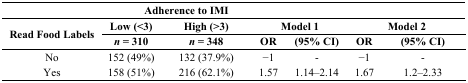
<table><thead><tr><td></td><td colspan="2"><b>Adherence to IMI</b></td><td colspan="2"></td><td colspan="2"></td></tr><tr><td rowspan="2"><b>Read Food Labels</b></td><td><b>Low (&lt;3) </b></td><td><b>High (&gt;3)</b></td><td colspan="2"><b>Model 1</b></td><td colspan="2"><b>Model 2</b></td></tr><tr><td><b><i>n</i> = 310</b></td><td><b><i>n</i> = 348</b></td><td><b>OR</b></td><td><b>(95% CI)</b></td><td><b>OR</b></td><td><b>(95% CI)</b></td></tr></thead><tbody><tr><td>No</td><td>152 (49%)</td><td>132 (37.9%)</td><td>−1</td><td>-</td><td>−1</td><td>-</td></tr><tr><td>Yes</td><td>158 (51%)</td><td>216 (62.1%)</td><td>1.57</td><td>1.14–2.14</td><td>1.67</td><td>1.2–2.33</td></tr></tbody></table>